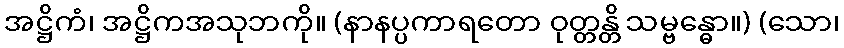
အဋ္ဌိကံ၊ အဋ္ဌိကအသုဘကို။ (နာနပ္ပကာရတော ဝုတ္တန္တိ သမ္ဗန္ဓော။) (သော၊